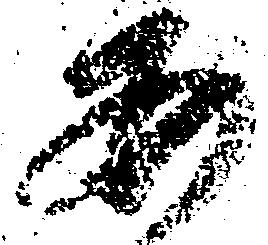
安